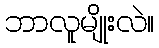
ဘာလူမျိုးလဲ။